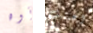
أوه اعتنيت